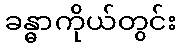
ခန္ဓာကိုယ်တွင်း